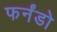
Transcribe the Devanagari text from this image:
फर्नंडो